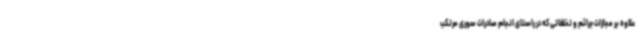
علاوه بر مجازات جرائم و تخلفاتی که در راستای انجام صادرات سوری مرتکب